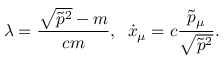
\lambda = \frac { \sqrt { \tilde { p } ^ { 2 } } - m } { c m } , \; \; \dot { x } _ { \mu } = c \frac { \tilde { p } _ { \mu } } { \sqrt { \tilde { p } ^ { 2 } } } { . }